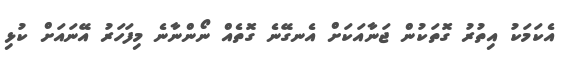
އެކަމަކު އިތުރު ގޮތަކުން ޖަނާއަކަށް އެނގޭނެ ގޮތެއް ނޯންނާނެ މިފަހަރު އޭނައަށް ކުޅި